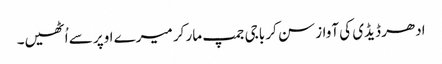
ادھر ڈیڈی کی آواز سن کر باجی جمپ مار کر میرے اوپر سے اُٹھیں۔